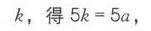
$k，得\ 5k = 5a,$